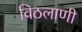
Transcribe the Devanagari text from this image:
विठलाणी